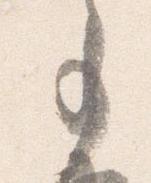
事